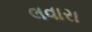
લવારા